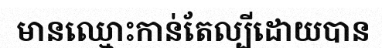
មានឈ្មោះកាន់តែល្បីដោយបាន